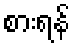
စားရန်